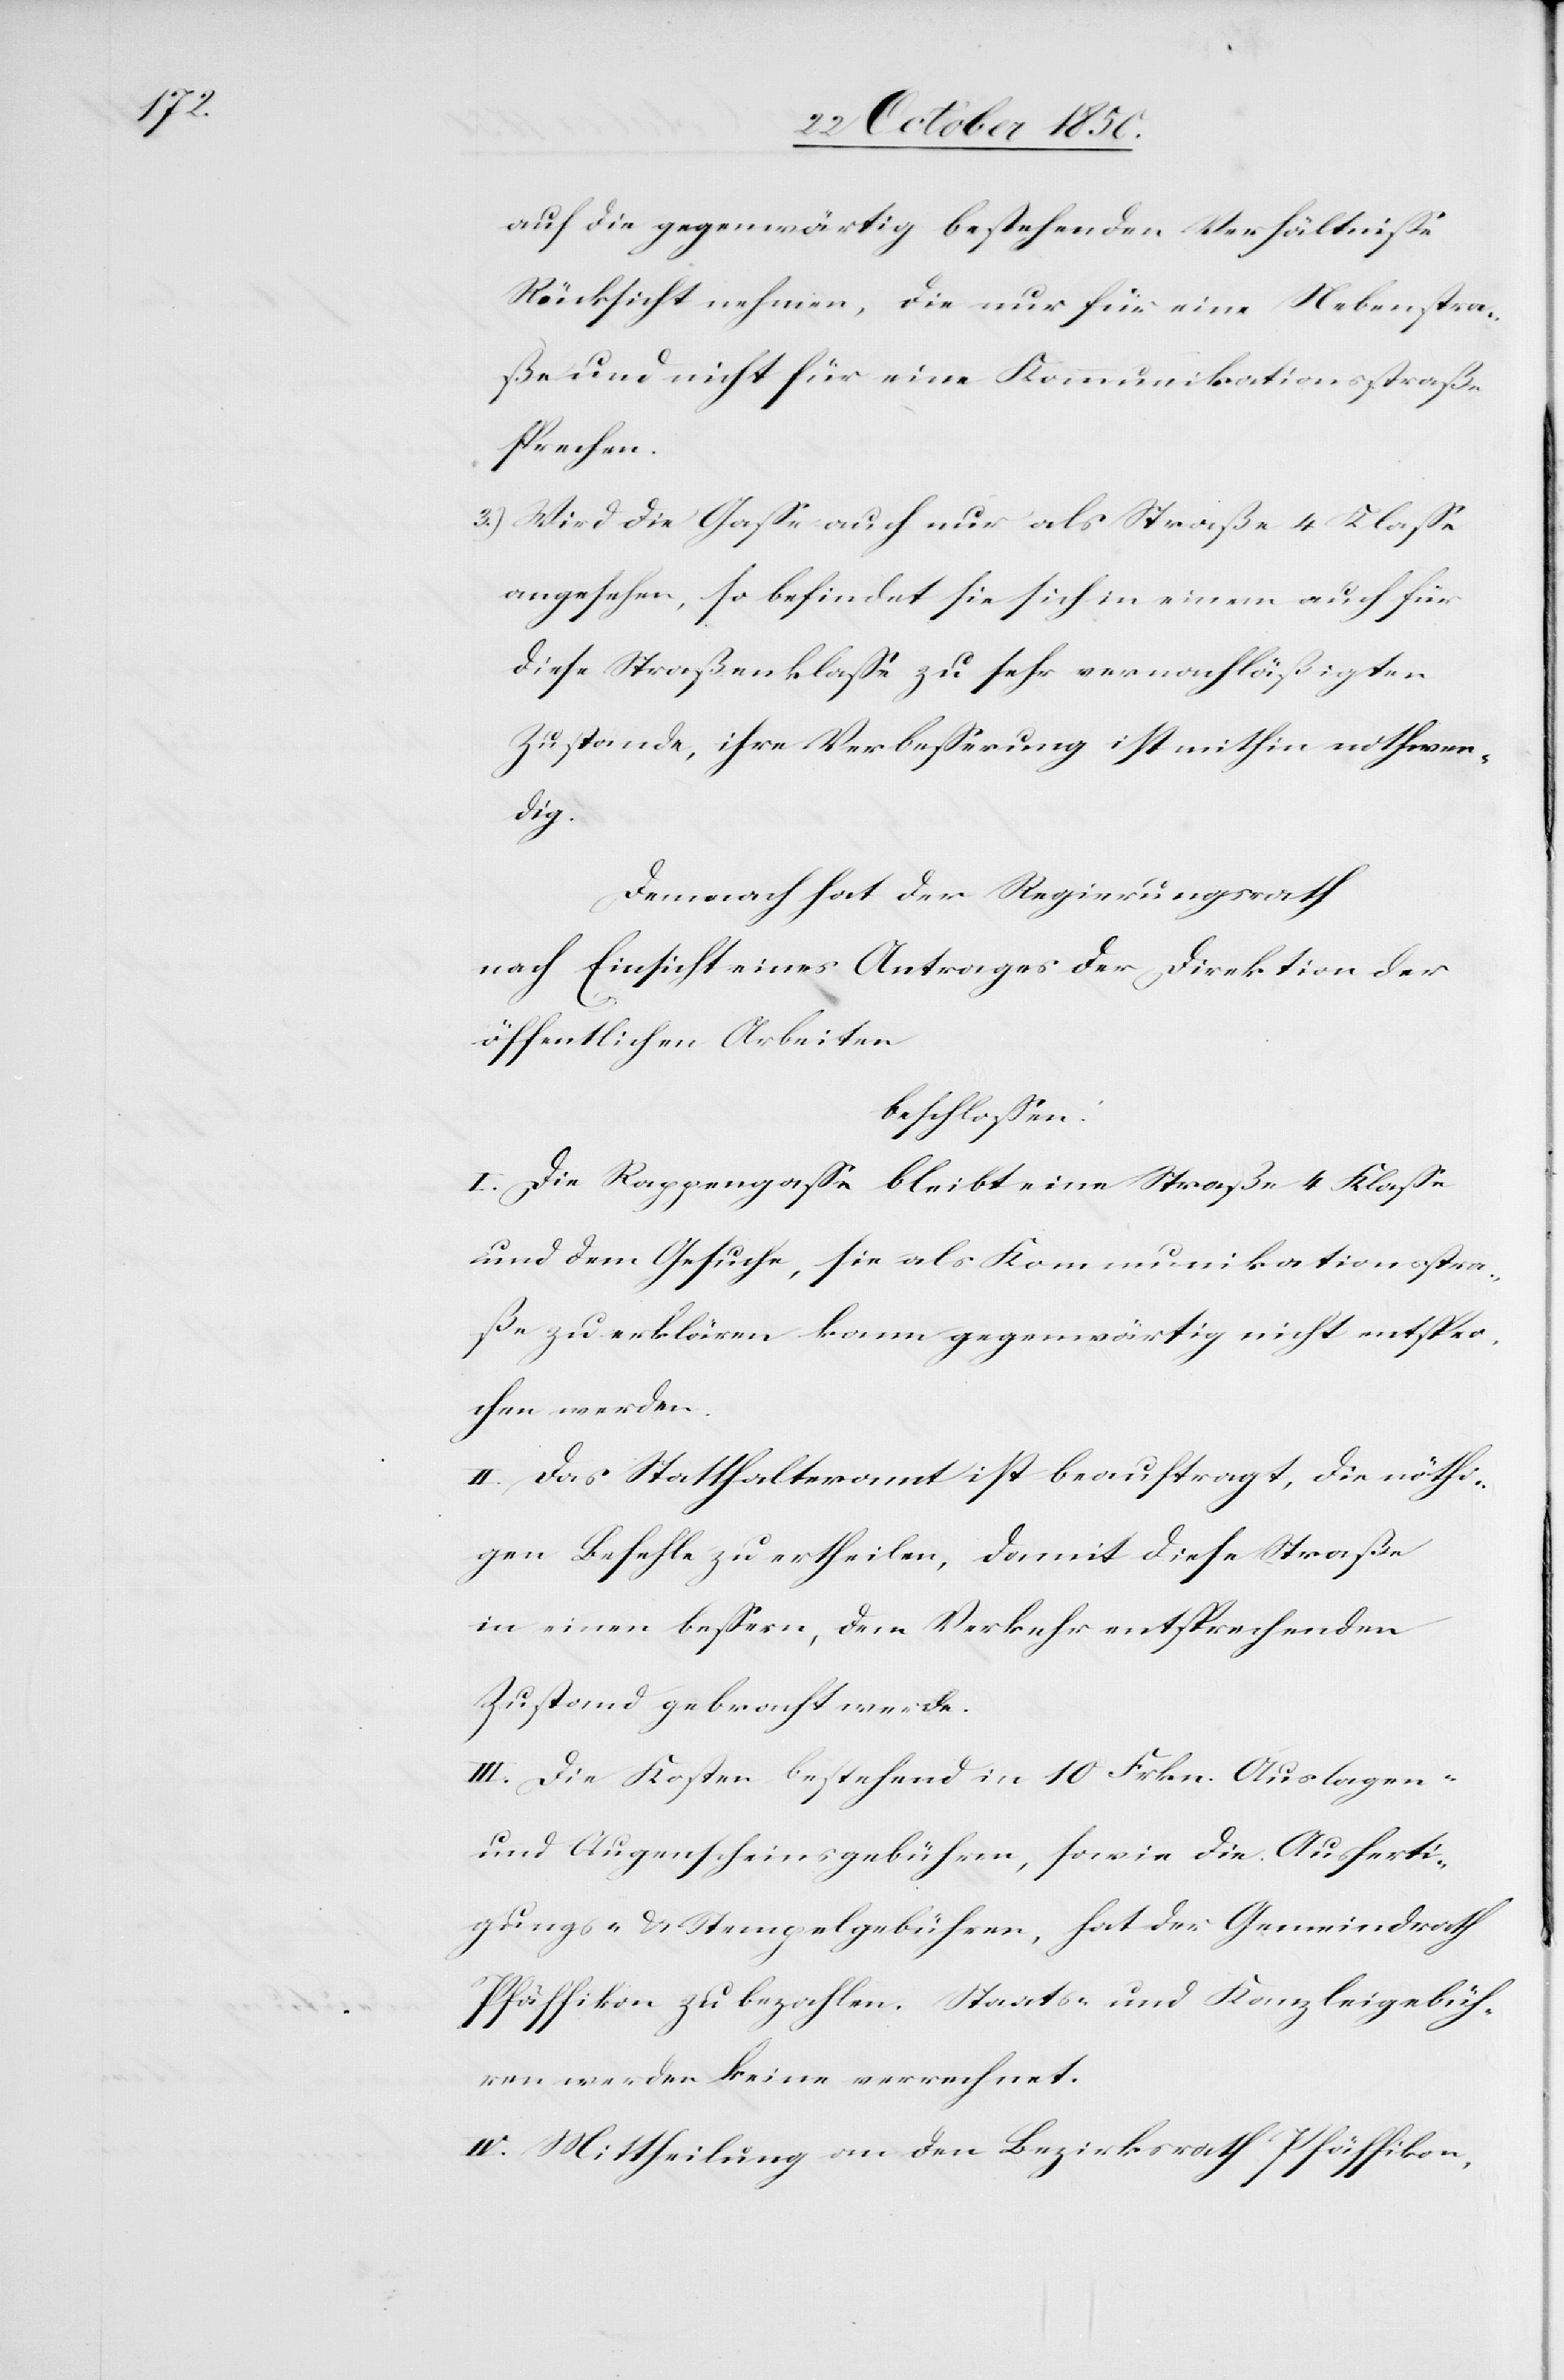
auf die gegenwärtig bestehenden Verhältnisse
Rücksicht nehmen, die nur für eine Nebenstra¬
ße und nicht für eine Kommunikationsstraße
sprechen.
3.) Wird die Gasse auch nur als Straße 4 Klasse
angesehen, so befindet sie sich in einem auch für
diese Straßenklasse zu sehr vernachläßigten
Zustande, ihre Verbesserung ist mithin nohtwen¬
dig.
Demnach hat der Regierungsrath
nach Einsicht eines Antrages der Direktion der
öffentlichen Arbeiten
beschlossen:
I. Die Rappengasse bleibt eine Straße 4 Klasse
und dem Gesuche, sie als Kommunikationsstra¬
ße zu erklären kann gegenwärtig nicht entspre¬
chen werden.
II. Das Statthalteramt ist beauftragt, die nöthi¬
gen Befehle zu ertheilen, damit diese Straße
in einen bessern, dem Verkehr entsprechenden
Zustand gebracht werde.
III. Die Kosten bestehend in 10 Frkn. Auslagen-
und Augenscheinsgebühren, sowie die Ausferti¬
gungs- & Stempelgebühren, hat der Gemeindrath
Pfäffikon zu bezahlen. Staats- und Kanzleigebüh¬
ren werden keine verrechnet.
IV. Mittheilung an den Bezirksrath Pfäffikon,